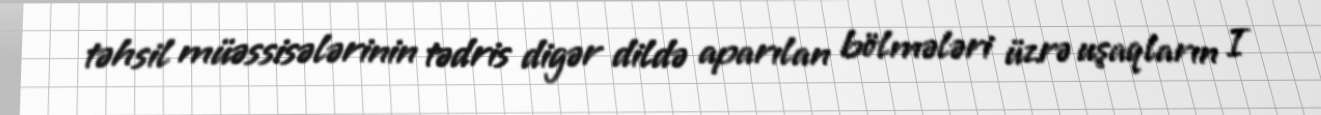
təhsil müəssisələrinin tədris digər dildə aparılan bölmələri üzrə uşaqların I